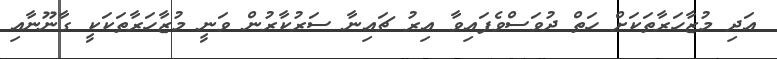
އަދި މުޒާހަރާތަކަށް ހަތް ދުވަސްވެފައިވާ އިރު ޗައިނާ ސަރުކާރުން ވަނީ މުޒާހަރާތަކަކީ ގާނޫނާއި